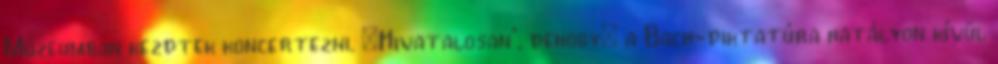
Múzeumban kezdtek koncertezni. „Hivatalosan”, dehogy: a Bach-diktatúra hatályon kívül